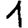
Digit: 1